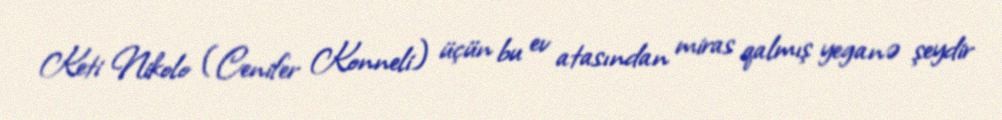
Keti Nikolo (Cenifer Konneli) üçün bu ev atasından miras qalmış yeganə şeydir